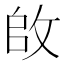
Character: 𪯌